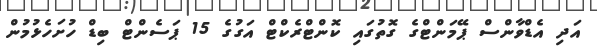
އަދި އެޑްވާންސް ޕޭމަންޓްގެ ގޮތުގައި ކޮންޓްރެކްޓް އަގުގެ 15 ޕަސެންޓް ބިޑް ހުށަހެޅުމުން